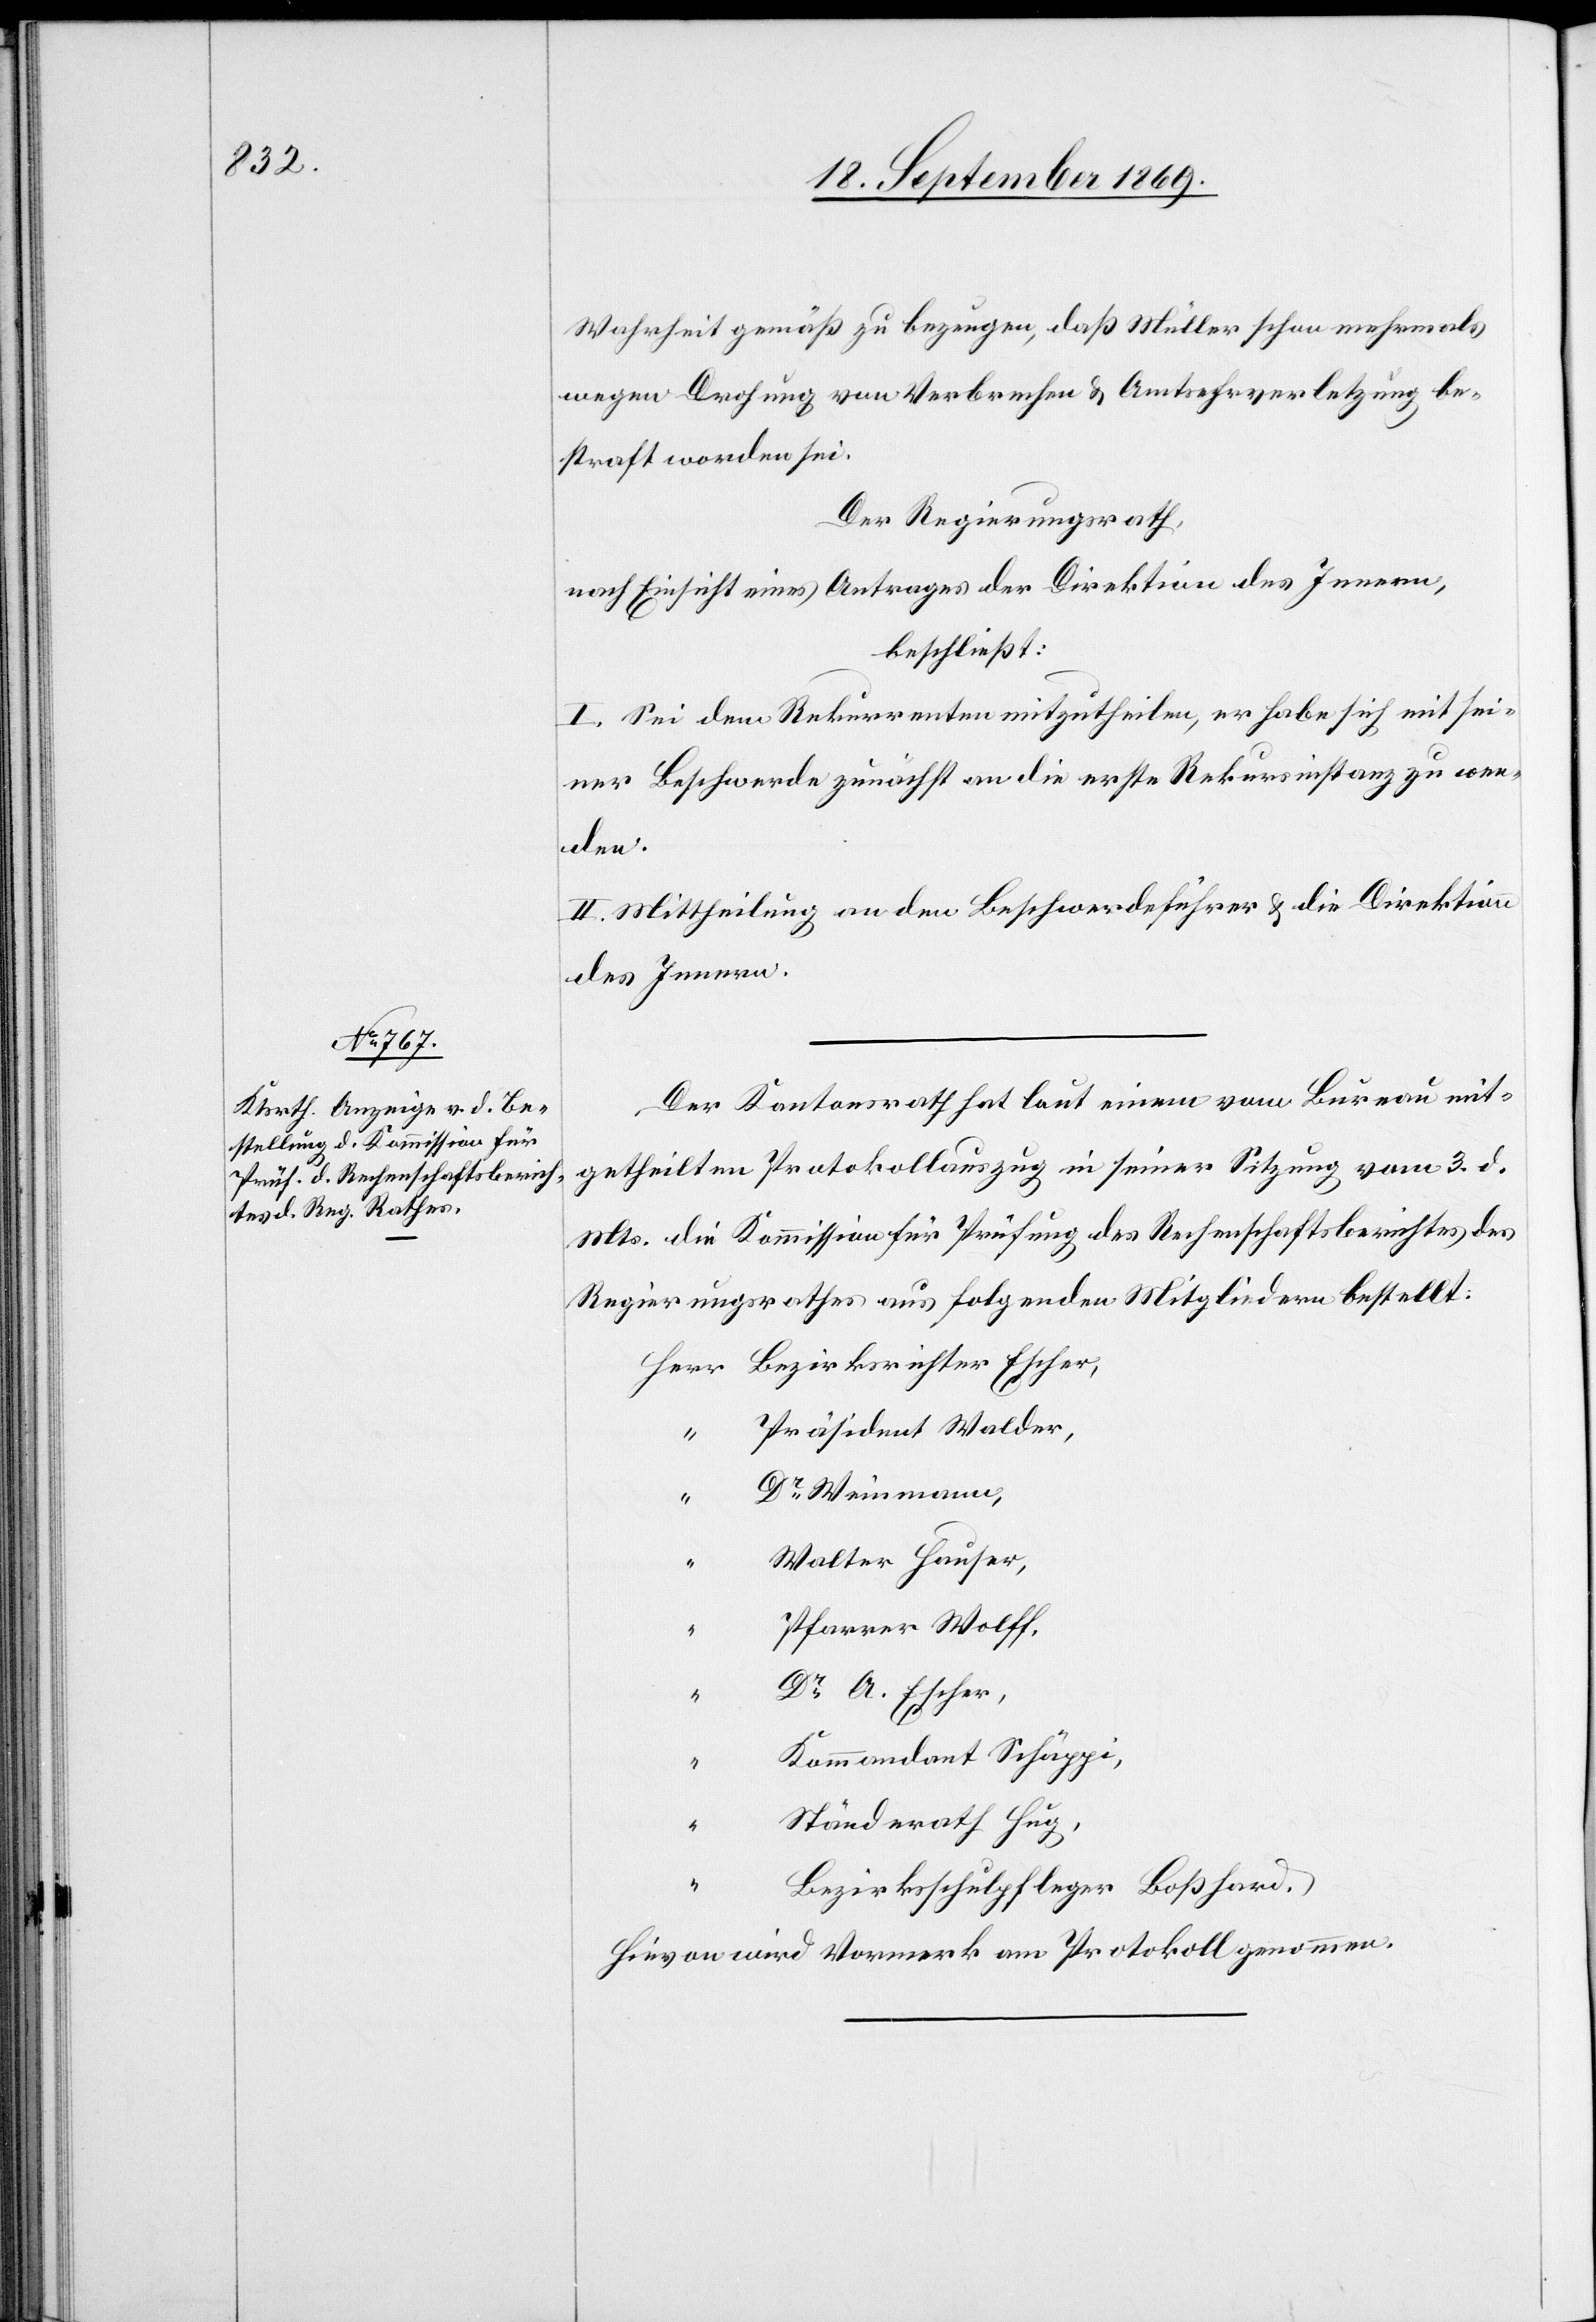
Wahrheit gemäß zu bezeugen, daß Müller schon mehrmals
wegen Drohung von Verbrechen & Amtsehrverletzung be¬
straft worden sei.
Der Regierungsrath,
nach Einsicht eines Antrages der Direktion des Innern,
beschließt:
I. Sei dem Rekurrenten mitzutheilen, er habe sich mit sei¬
ner Beschwerde zunächst an die erste Rekursinstanz zu wen¬
den.
II. Mittheilung an den Beschwerdeführer & die Direktion
des Innern.
Der Kantonsrath hat laut einem vom Bureau mit¬
getheilten Protokollauszug in seiner Sitzung vom 3. d.
Mts. die Kommission für Prüfung des Rechenschaftsberichtes des
Regierungsrathes aus folgenden Mitgliedern bestellt:
Präsident Walder,
“
Dr Weinmann,
“
Walter Hauser,
Pfarrer Wolff,
Dr A. Escher,
“
Kommandant Schäppi,
“
Ständerath Hug,
“
Bezirksschulpfleger Boßhard.
Hievon wird Vormerk am Protokoll genommen.